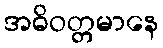
အဓိဝတ္တမာနေ